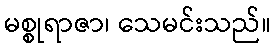
မစ္စုရာဇာ၊ သေမင်းသည်။